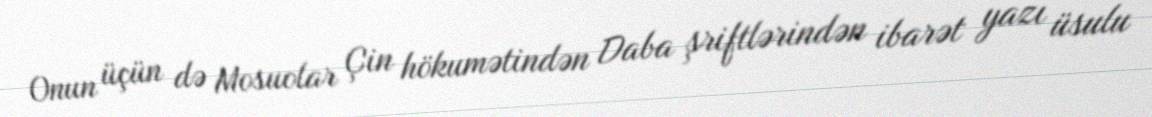
Onun üçün də Mosuolar Çin hökumətindən Daba şriftlərindən ibarət yazı üsulu